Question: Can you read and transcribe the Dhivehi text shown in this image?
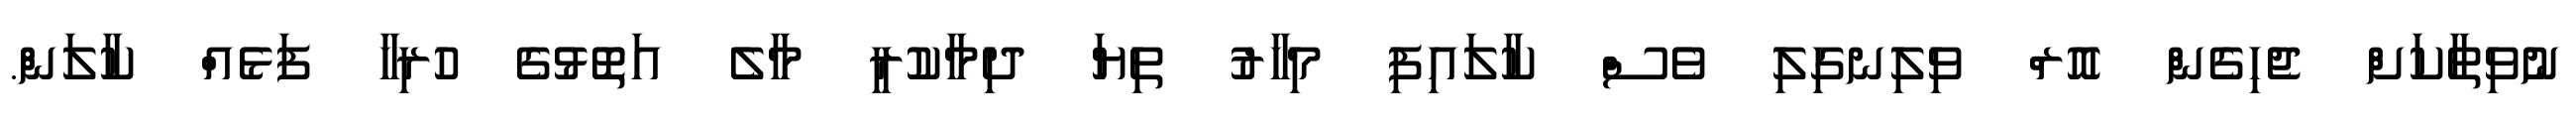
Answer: ނުވިތާކަށް ޖެހިގެން އޮރް ވިލިނގިލި ވެސް ކާލައިފި މިހާރު ތިޔަ ދިމާކުރީ މާލެ އަތޮޅުގެ ހުރިހާ ފަޅެއް ކާލަން.